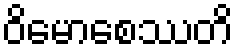
ဝိမောစေဿတိ